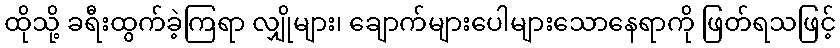
ထိုသို့ ခရီးထွက်ခဲ့ကြရာ လျှိုများ၊ ချောက်များပေါများသောနေရာကို ဖြတ်ရသဖြင့်